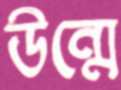
উন্মে